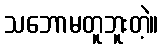
သဘောမတူဘူးတဲ့။